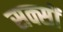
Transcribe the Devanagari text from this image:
सक्सों